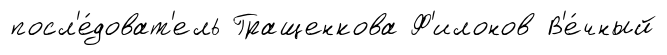
посл'е́доват'ель Гращенкова Ф'илонов В'е́чный